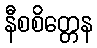
နီစစိတ္တေန